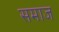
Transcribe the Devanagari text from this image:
समाज